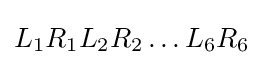
L_{1}R_{1}L_{2}R_{2}\ldots L_{6}R_{6}